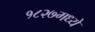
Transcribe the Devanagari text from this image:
१८२७मध्ये